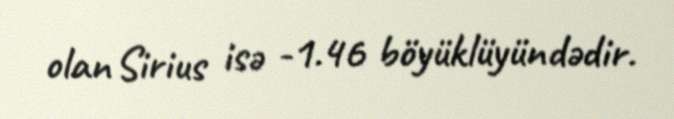
olan Sirius isə -1.46 böyüklüyündədir.